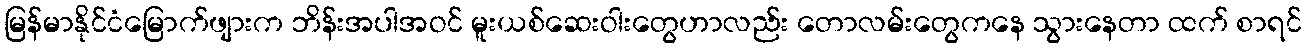
မြန်မာနိုင်ငံမြောက်ဖျားက ဘိန်းအပါအဝင် မူးယစ်ဆေးဝါးတွေဟာလည်း တောလမ်းတွေကနေ သွားနေတာ ထက် စာရင်